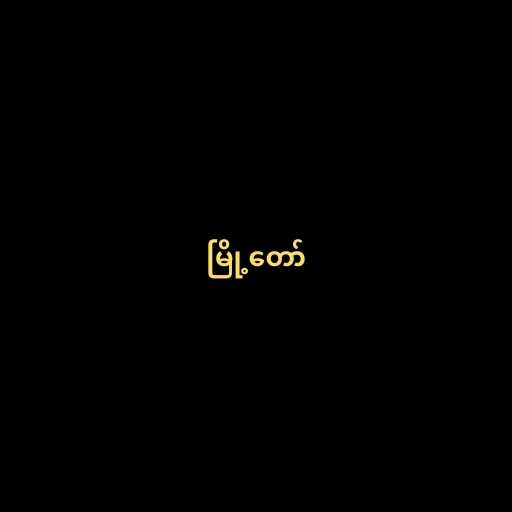
မြို့တော်